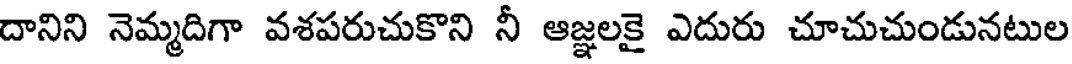
దానిని నెమ్మదిగా వశపరుచుకొని నీ ఆజ్ఞలకై ఎదురు చూచుచుండునటుల